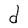
Character: d